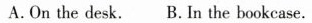
A. On the desk. B.In the bookcase.